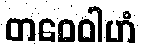
တဝေဝါဟံ